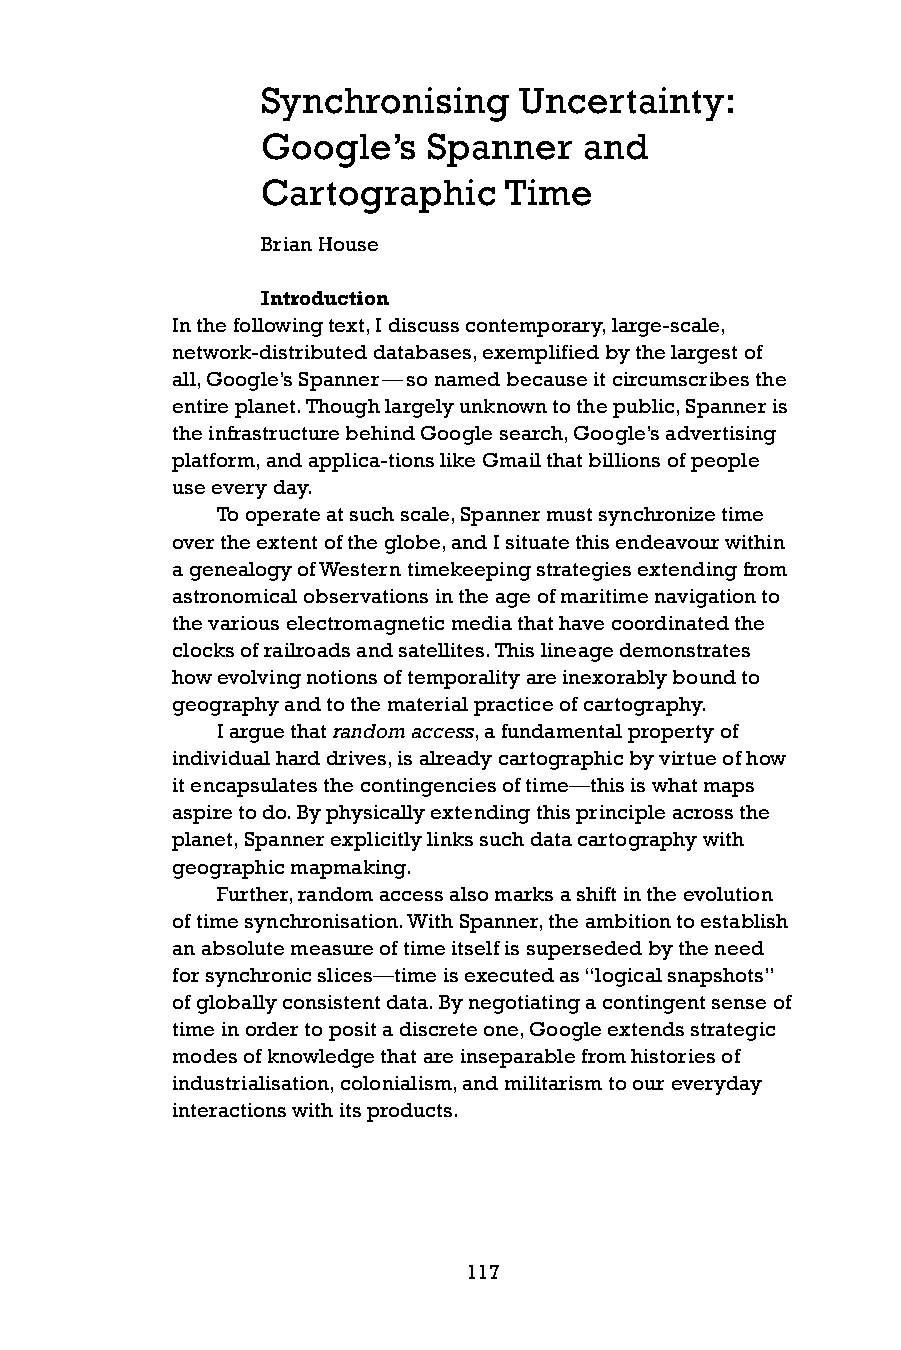
Synchronising    Uncertainty:
 Google’s   Spanner    and
 Cartographic    Time
 Brian House
 introduction
 In the following text, I discuss contemporary, large-scale,
 network-distributed databases, exemplified by the largest of
 all, Google’s Spanner — so named because it circumscribes the
 entire planet. Though largely unknown to the public, Spanner is
 the infrastructure behind Google search, Google’s advertising
 platform, and applica-tions like Gmail that billions of people
 use every day.
 To operate at such scale, Spanner must synchronize time
 over the extent of the globe, and I situate this endeavour within
 a genealogy of Western timekeeping strategies extending from
 astronomical observations in the age of maritime navigation to
 the various electromagnetic media that have coordinated the
 clocks of railroads and satellites. This lineage demonstrates
 how evolving notions of temporality are inexorably bound to
 geography and to the material practice of cartography.
 I argue that random access, a fundamental property of
 individual hard drives, is already cartographic by virtue of how
 it encapsulates the contingencies of time—this is what maps
 aspire to do. By physically extending this principle across the
 planet, Spanner explicitly links such data cartography with
 geographic mapmaking.
 Further, random access also marks a shift in the evolution
 of time synchronisation. With Spanner, the ambition to establish
 an absolute measure of time itself is superseded by the need
 for synchronic slices—time is executed as “logical snapshots”
 of globally consistent data. By negotiating a contingent sense of
 time in order to posit a discrete one, Google extends strategic
 modes of knowledge that are inseparable from histories of
 industrialisation, colonialism, and militarism to our everyday
 interactions with its products.
 117